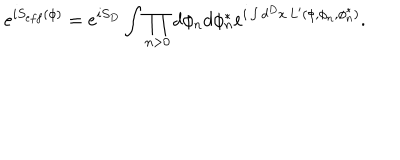
LaTeX: e ^ { i S _ { e f f } ( \phi ) } = e ^ { i S _ { D } } \int \prod _ { n > 0 } d \phi _ { n } d \phi _ { n } ^ { * } e ^ { i \int d ^ { D } x \, L ^ { \prime } ( \phi , \phi _ { n } , \phi _ { n } ^ { * } ) } .